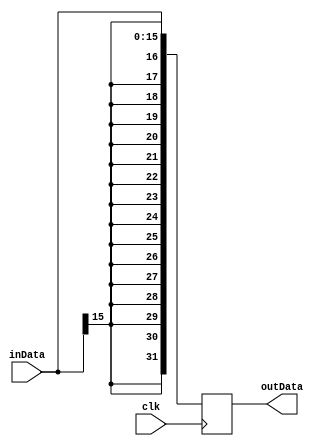
module SignExtender_16to32(clk,outData,inData);
  input clk;
  input[15:0] inData;
  output[31:0] outData;
  reg [31:0] outData;

  always@(posedge clk)
    begin

      outData[15:0]  = inData[15:0];
      outData[31:16] = {16{inData[15]}};

    end
endmodule